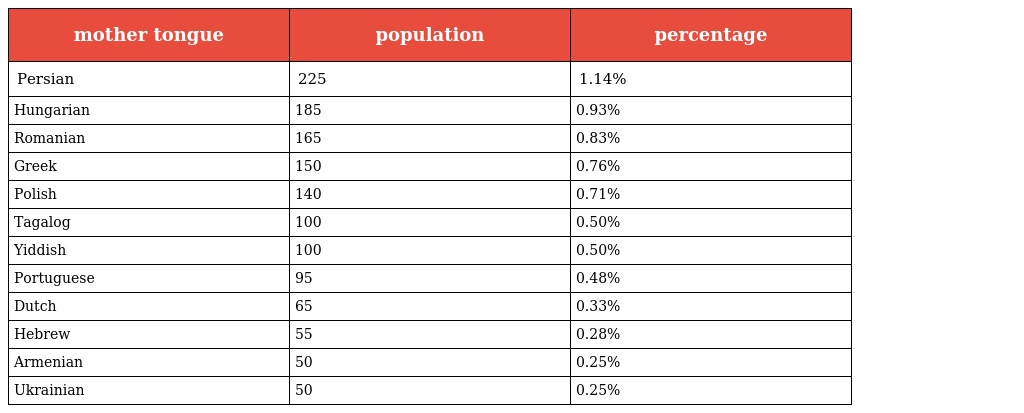
| mother tongue | population | percentage |
 | --- | --- | --- |
 | Persian | 225 | 1.14% |
 | Hungarian | 185 | 0.93% |
 | Romanian | 165 | 0.83% |
 | Greek | 150 | 0.76% |
 | Polish | 140 | 0.71% |
 | Tagalog | 100 | 0.50% |
 | Yiddish | 100 | 0.50% |
 | Portuguese | 95 | 0.48% |
 | Dutch | 65 | 0.33% |
 | Hebrew | 55 | 0.28% |
 | Armenian | 50 | 0.25% |
 | Ukrainian | 50 | 0.25% |